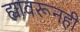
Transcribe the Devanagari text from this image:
ह्यावरूनही